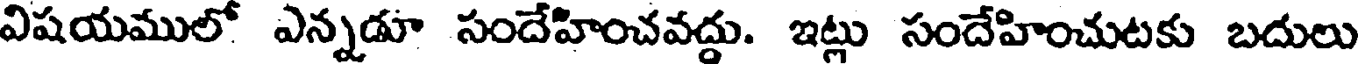
విషయములో ఎన్నడూ సందేహించవద్దు. ఇట్లు సందేహించుటకు బదులు